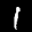
Label: 1